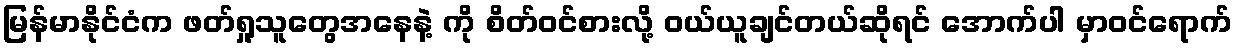
မြန်မာနိုင်ငံက ဖတ်ရှု့သူတွေအနေနဲ့ ကို စိတ်ဝင်စားလို့ ဝယ်ယူချင်တယ်ဆိုရင် အောက်ပါ မှာဝင်ရောက်